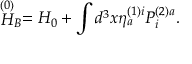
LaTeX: \stackrel { \left( 0 \right) } { H } _ { B } = H _ { 0 } + \int d ^ { 3 } x \eta _ { a } ^ { \left( 1 \right) i } { \cal P } _ { i } ^ { \left( 2 \right) a } .